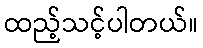
ထည့်သင့်ပါတယ်။